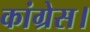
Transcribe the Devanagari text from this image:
कांग्रेस।